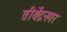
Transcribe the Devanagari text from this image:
तीर्थेद्रनगर